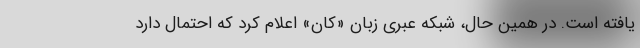
یافته است. در همین حال، شبکه عبری زبان «کان» اعلام کرد که احتمال دارد